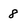
Character: 8